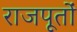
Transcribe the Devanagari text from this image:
राजपूतांे